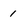
Character: 1